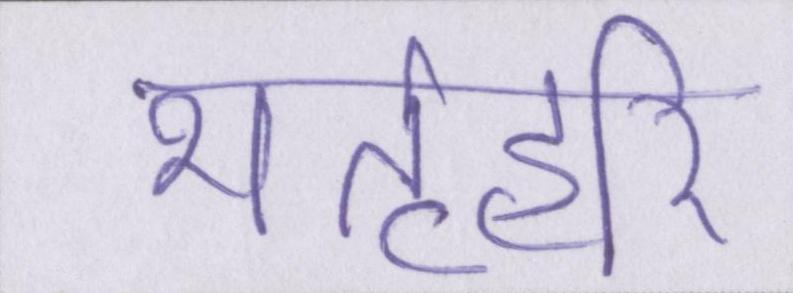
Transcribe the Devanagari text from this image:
भर्तृहरि